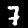
Label: 7